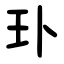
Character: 㺪